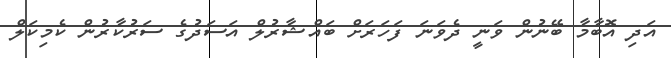
އަދި އޮބާމާ ބޭނުން ވަނީ ދެވަނަ ފަހަރަށް ބައްޝާރުލް އަސަދުގެ ސަރުކާރުން ކެމިކަލް